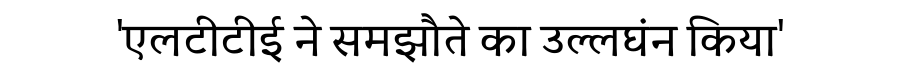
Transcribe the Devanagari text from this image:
'एलटीटीई ने समझौते का उल्लघंन किया'